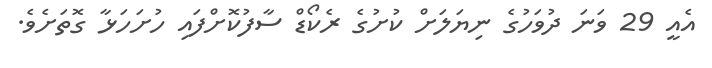
އެއީ 29 ވަނަ ދުވަހުގެ ނިޔަލަށް ކުށުގެ ރެކޯޑް ސާފުކޮށްފައި ހުށަހަޅާ ގޮތަށެވެ.